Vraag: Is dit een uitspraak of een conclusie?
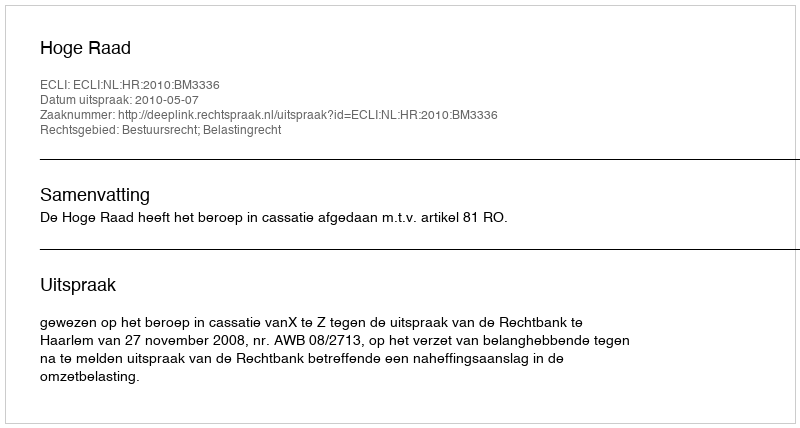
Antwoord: Uitspraak